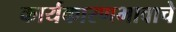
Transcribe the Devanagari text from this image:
कार्यकारणभावाचे